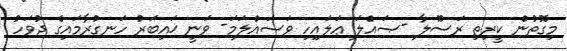
މިގޮތުން ކީރިތި ރަސޫލާ -ޞައްލަ ޢަލައިހި ވަސައްލަމަ- ވަނީ ޚައިބަރު ހަނގުރާމައިގެ ދުވަހު